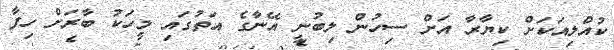
ކުއްލިއަކަށް ކިޔާރާ އަށް ސިހުން ލިބުނީ އޭނާގެ އަތުގައި މީހަކު ބާރަށް ހިފާ